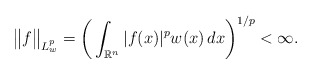
\begin{align*}\big\|f\big\|_{L^p_w}=\bigg(\int_{\mathbb R^n}|f(x)|^pw(x)\,dx\bigg)^{1/p}<\infty.\end{align*}